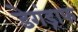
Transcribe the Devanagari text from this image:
डेगंड्राफ